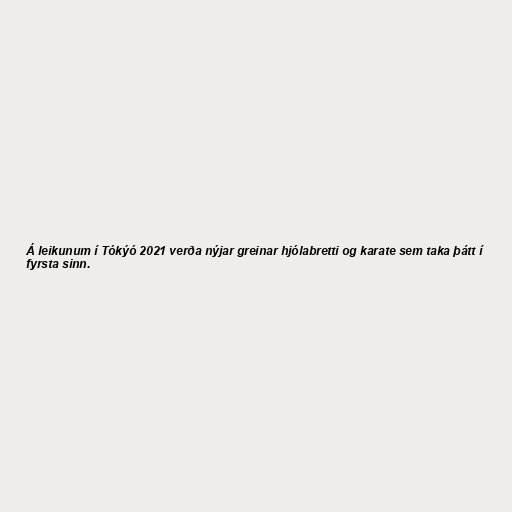
Á leikunum í Tókýó 2021 verða nýjar greinar hjólabretti og karate sem taka þátt í
fyrsta sinn.